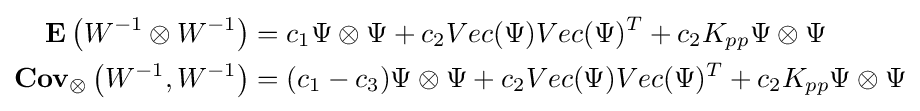
{\begin{aligned}\mathbf {E} \left(W^{-1}\otimes W^{-1}\right)&=c_{1}\Psi \otimes \Psi +c_{2}Vec(\Psi )Vec(\Psi )^{T}+c_{2}K_{pp}\Psi \otimes \Psi \\\mathbf {Cov} _{\otimes }\left(W^{-1},W^{-1}\right)&=(c_{1}-c_{3})\Psi \otimes \Psi +c_{2}Vec(\Psi )Vec(\Psi )^{T}+c_{2}K_{pp}\Psi \otimes \Psi \end{aligned}}